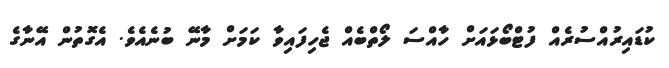
ކުޑައިރުއްސުރެއް ފުޓްބޯޅައަށް ހާއްސަ ލޯތްބެއް ޖެހިފައިވާ ކަމަށް މާނޭ ބުނެއެވެ. އެގޮތުން އޭނާގެ